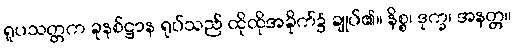
ရူပသတ္တက ခုနစ်ဋ္ဌာန ရုပ်သည် ထိုထိုအခိုက်၌ ချုပ်၏။ နိစ္စ၊ ဒုက္ခ၊ အနတ္တ။